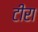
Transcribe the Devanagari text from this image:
टीरा